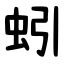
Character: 蚓